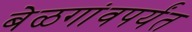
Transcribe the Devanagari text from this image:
बेळगांवपर्यंत